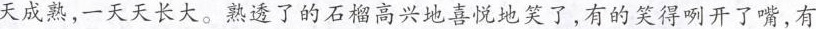
天成熟，一天天长大。熟透了的石榴高兴地喜悦地笑了，有的笑得咧开了嘴，有